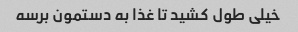
خیلی طول کشید تا غذا به دستمون برسه